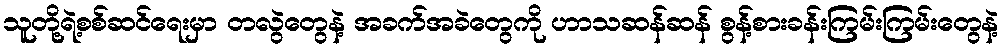
သူတို့ရဲ့စစ်ဆင်ရေးမှာ တလွဲတွေနဲ့ အခက်အခဲတွေကို ဟာသဆန်ဆန် စွန့်စားခန်းကြမ်းကြမ်းတွေနဲ့